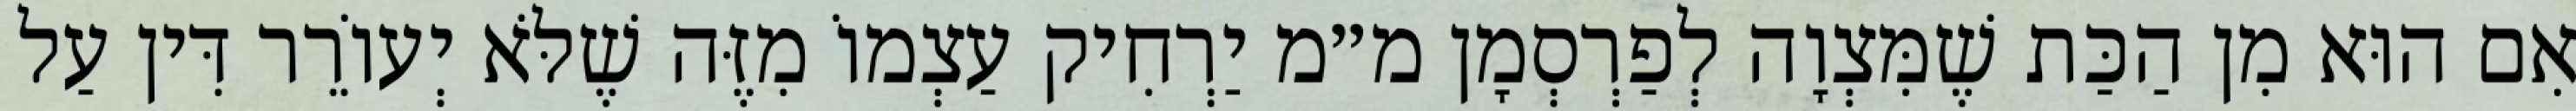
אִם הוּא מִן הַכַּת שֶׁמִּצְוָה לְפַרְסְמָן מ״מ יַרְחִיק עַצְמוֹ מִזֶּה שֶׁלֹּא יְעוֹרֵר דִּין עַל